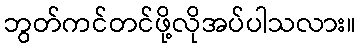
ဘွတ်ကင်တင်ဖို့လိုအပ်ပါသလား။